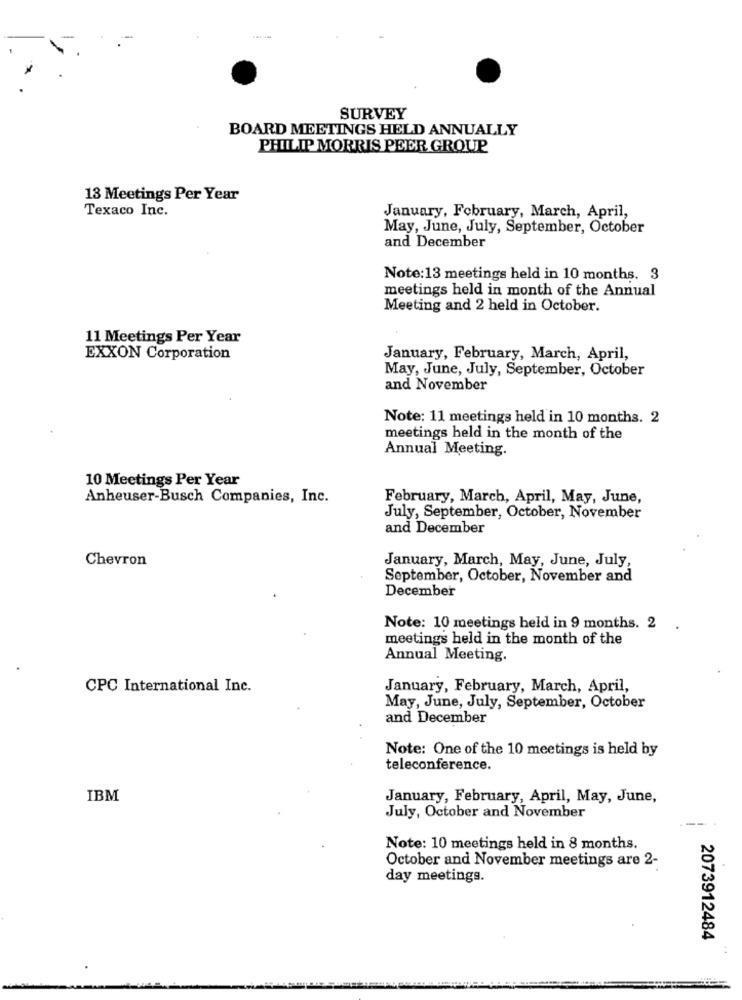
SURVEY
BOARD MEETINGS HELD ANNUALLY
PHILIP MORRIS PEER GROUP
13 Meetings Per Year
Texaco Inc.
January, February, March, April,
May, June, July, September, October
and December
Note:13 meetings held in 10 months. 3
meetings held in month of the Annual
Meeting and 2 held in October.
11 Meetings Per Year
EXXON Corporation
January, February, March, April,
May, June, July, September, October
and November
Note: 11 meetings held in 10 months. 2
meetings held in the month of the
Annual Meeting.
10 Meetings Per Year
Anheuser-Busch Companies, Inc.
February, March, April, May, June,
July, September, October, November
and December
Chevron
January, March, May, June, July,
September, October, November and
December
Note: 10 meetings held in 9 months. 2 .
meetings held in the month of the
Annual Meeting.
CPC International Inc.
January, February, March, April,
May, June, July, September, October
and December
Note: One of the 10 meetings is held by
teleconference.
IBM
January, February, April, May, June,
July, October and November
--
Note: 10 meetings held in 8 months.
October and November meetings are 2-
day meetings.
2073912484